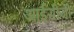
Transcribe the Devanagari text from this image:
आईसीजी